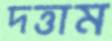
দত্তাম